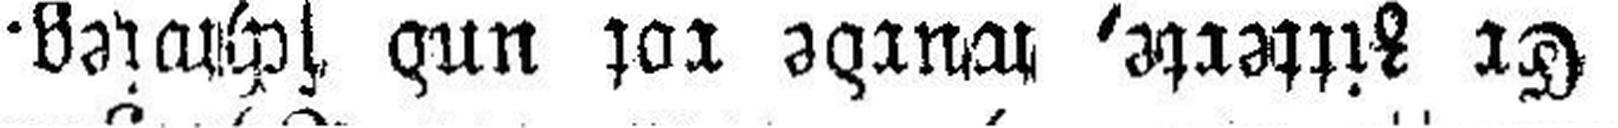
Er zitterte, wurde rot und schwieg.